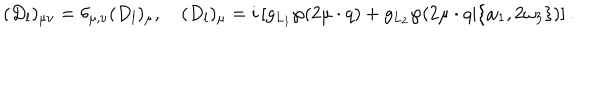
LaTeX: ( D _ { l } ) _ { \mu \nu } = \delta _ { \mu , \nu } ( D _ { l } ) _ { \mu } , \quad ( D _ { l } ) _ { \mu } = i \left[ g _ { L _ { 1 } } \wp ( 2 \mu \cdot q ) + g _ { L _ { 2 } } \wp ( 2 \mu \cdot q | \{ \omega _ { 1 } , 2 \omega _ { 3 } \} ) \right] .